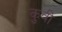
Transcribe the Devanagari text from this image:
कुवी